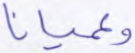
وعميانا